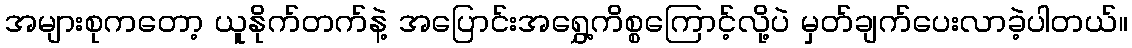
အများစုကတော့ ယူနိုက်တက်နဲ့ အပြောင်းအရွှေ့ကိစ္စကြောင့်လို့ပဲ မှတ်ချက်ပေးလာခဲ့ပါတယ်။